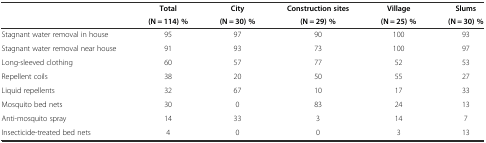
<table><thead><tr><td rowspan="2"></td><td><b>Total</b></td><td><b>City</b></td><td><b>Construction sites</b></td><td><b>Village</b></td><td><b>Slums</b></td></tr><tr><td><b>(N = 114) %</b></td><td><b>(N = 30) %</b></td><td><b>(N = 29) %</b></td><td><b>(N = 25) %</b></td><td><b>(N = 30) %</b></td></tr></thead><tbody><tr><td>Stagnant water removal in house</td><td>95</td><td>97</td><td>90</td><td>100</td><td>93</td></tr><tr><td>Stagnant water removal near house</td><td>91</td><td>93</td><td>73</td><td>100</td><td>97</td></tr><tr><td>Long-sleeved clothing</td><td>60</td><td>57</td><td>77</td><td>52</td><td>53</td></tr><tr><td>Repellent coils</td><td>38</td><td>20</td><td>50</td><td>55</td><td>27</td></tr><tr><td>Liquid repellents</td><td>32</td><td>67</td><td>10</td><td>17</td><td>33</td></tr><tr><td>Mosquito bed nets</td><td>30</td><td>0</td><td>83</td><td>24</td><td>13</td></tr><tr><td>Anti-mosquito spray</td><td>14</td><td>33</td><td>3</td><td>14</td><td>7</td></tr><tr><td>Insecticide-treated bed nets</td><td>4</td><td>0</td><td>0</td><td>3</td><td>13</td></tr></tbody></table>